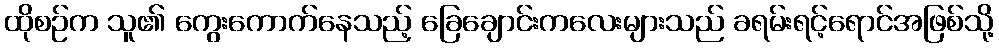
ထိုစဉ်က သူ၏ ကွေးကောက်နေသည့် ခြေချောင်းကလေးများသည် ခရမ်းရင့်ရောင်အဖြစ်သို့